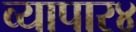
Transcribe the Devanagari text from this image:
व्यापार४